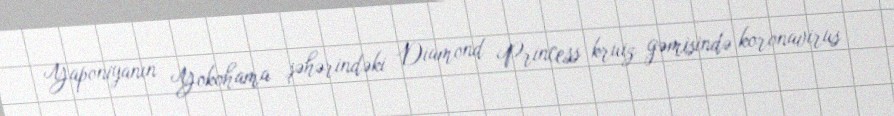
Yaponiyanın Yokohama şəhərindəki Diamond Princess kruiz gəmisində koronavirus